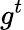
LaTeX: g^{t}